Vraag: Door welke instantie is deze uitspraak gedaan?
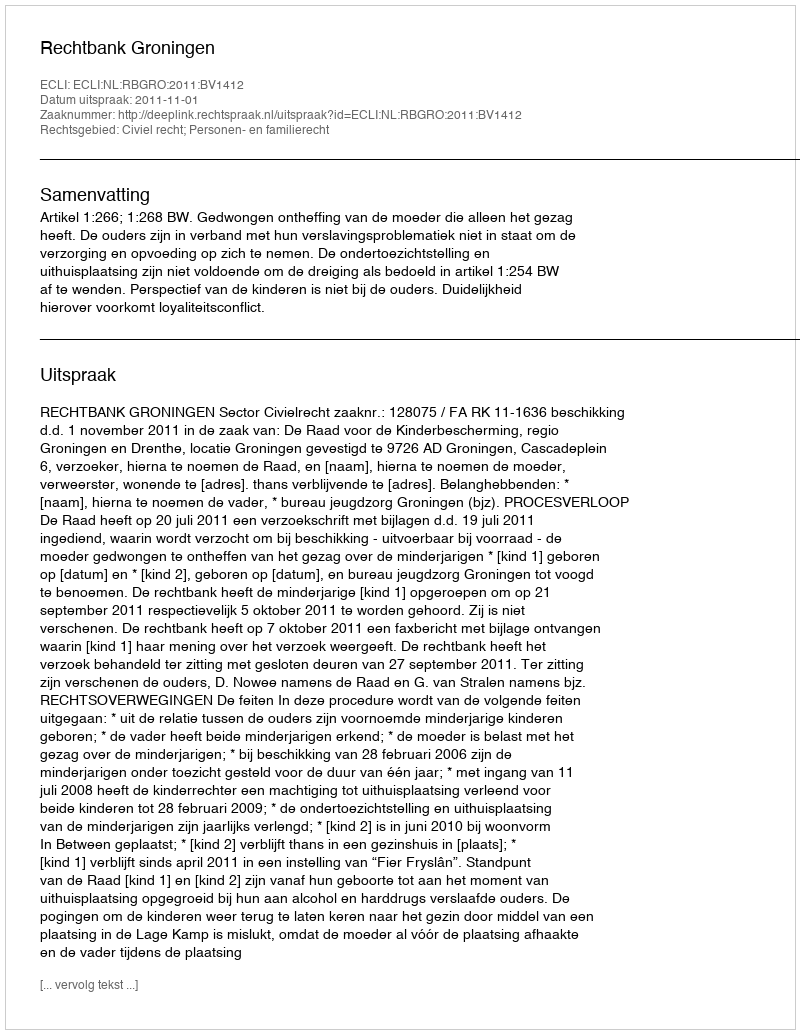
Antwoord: Rechtbank Groningen